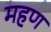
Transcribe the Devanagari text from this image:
महण